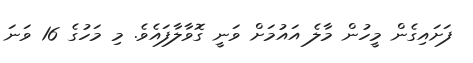
ފަށައިގެން މީހުން މާލެ އައުމަށް ވަނީ ގޮވާލާފައެވެ. މި މަހުގެ 16 ވަނަ